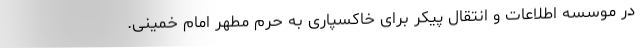
در موسسه اطلاعات و انتقال پیکر برای خاکسپاری به حرم مطهر امام خمینی.